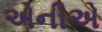
એનીએ